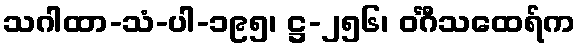
သဂါထာ-သံ-ပါ-၁၉၅၊ ဋ္ဌ-၂၅၆၊ ဝင်္ဂီသထေရ်က